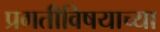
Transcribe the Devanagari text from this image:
प्रगतीविषयाच्या